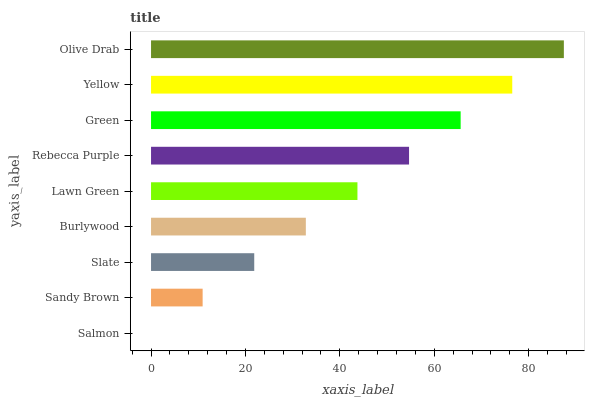
| yaxis_label | bars |
 | --- | --- |
 | Salmon | 0 |
 | Sandy Brown | 10.9 |
 | Slate | 21.9 |
 | Burlywood | 32.8 |
 | Lawn Green | 43.7 |
 | Rebecca Purple | 54.7 |
 | Green | 65.6 |
 | Yellow | 76.5 |
 | Olive Drab | 87.4 |